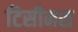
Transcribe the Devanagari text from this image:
टिसीमस